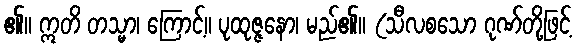
၏။ ဣတိ တသ္မာ၊ ကြောင့်။ ပုထုဇ္ဇနော၊ မည်၏။ (သီလစသော ဂုဏ်တို့ဖြင့်